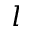
l